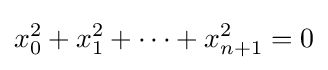
x_{0}^{2}+x_{1}^{2}+\cdots +x_{n+1}^{2}=0